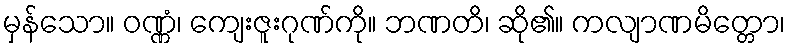
မှန်သော။ ဝဏ္ဏံ၊ ကျေးဇူးဂုဏ်ကို။ ဘဏတိ၊ ဆို၏။ ကလျာဏမိတ္တော၊